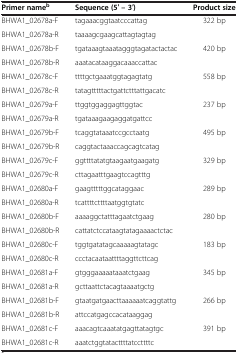
<table><thead><tr><td><b>Primer name<sup>b</sup></b></td><td><b>Sequence (5′ – 3′)</b></td><td><b>Product size</b></td></tr></thead><tbody><tr><td>BHWA1_02678a-F</td><td>tagaaacggtaatcccattag</td><td>322 bp</td></tr><tr><td>BHWA1_02678a-R</td><td>taaaagcgaagcattagtagtag</td><td></td></tr><tr><td>BHWA1_02678b-F</td><td>tgataaagtaaatagggtagatactactac</td><td>420 bp</td></tr><tr><td>BHWA1_02678b-R</td><td>aaatacataaggacaaaccattac</td><td></td></tr><tr><td>BHWA1_02678c-F</td><td>ttttgctgaaatggtagagtatg</td><td>558 bp</td></tr><tr><td>BHWA1_02678c-R</td><td>tatagtttttactgattctttattgacatc</td><td></td></tr><tr><td>BHWA1_02679a-F</td><td>ttggtggaggagttggtac</td><td>237 bp</td></tr><tr><td>BHWA1_02679a-R</td><td>tgataaagaagaggatgattcc</td><td></td></tr><tr><td>BHWA1_02679b-F</td><td>tcaggtataaatccgcctaatg</td><td>495 bp</td></tr><tr><td>BHWA1_02679b-R</td><td>caggtactaaaccagcagtcatag</td><td></td></tr><tr><td>BHWA1_02679c-F</td><td>ggttttatatgtaagaatgaagatg</td><td>329 bp</td></tr><tr><td>BHWA1_02679c-R</td><td>cttagaatttgaagtccagtttg</td><td></td></tr><tr><td>BHWA1_02680a-F</td><td>gaagtttttggcataggaac</td><td>289 bp</td></tr><tr><td>BHWA1_02680a-R</td><td>tcattttcttttaatggtgtatc</td><td></td></tr><tr><td>BHWA1_02680b-F</td><td>aaaaggctatttagaatctgaag</td><td>280 bp</td></tr><tr><td>BHWA1_02680b-R</td><td>cattatctccataagtatagaaaactctac</td><td></td></tr><tr><td>BHWA1_02680c-F</td><td>tggtgatatagcaaaaagtatagc</td><td>183 bp</td></tr><tr><td>BHWA1_02680c-R</td><td>ccctacaataattttaggttcttcag</td><td></td></tr><tr><td>BHWA1_02681a-F</td><td>gtgggaaaaataaatctgaag</td><td>345 bp</td></tr><tr><td>BHWA1_02681a-R</td><td>gcttaattctacagtaaaatgctg</td><td></td></tr><tr><td>BHWA1_02681b-F</td><td>gtaatgatgaacttaaaaaatcaggtattg</td><td>266 bp</td></tr><tr><td>BHWA1_02681b-R</td><td>attccatgagccacataaggag</td><td></td></tr><tr><td>BHWA1_02681c-F</td><td>aaacagtcaaatatgagttatagtgc</td><td>391 bp</td></tr><tr><td>BHWA1_02681c-R</td><td>aaatctggtatacttttatccttttc</td><td></td></tr></tbody></table>